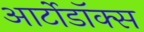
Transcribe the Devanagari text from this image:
आर्टोडॉक्स